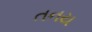
તનય